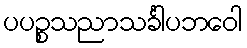
ပပဉ္စသညာသင်္ခါပဘဝေါ